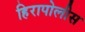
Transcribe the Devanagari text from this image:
हिरापोलीस